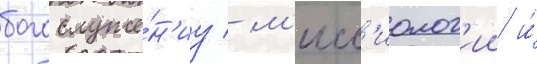
богослуже́н'иу / м'исс'иолог'ии и́